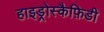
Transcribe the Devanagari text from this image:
हाइड्रोस्कैफ़िडी